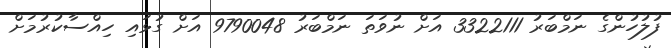
ފުލުހުންގެ ނަމްބަރު 3322111 އަށް ނުވަތަ ނަމްބަރު 9790048 އަށް ގުޅައި ހިއްސާކުރުމަށް